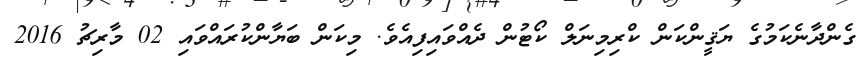
ގެންދާނެކަމުގެ ޔަޤީންކަން ކްރިމިނަލް ކޯޓުން ދެއްވައިފިއެވެ. މިކަން ބަޔާންކުރައްވައި 02 މާރިޗު 2016